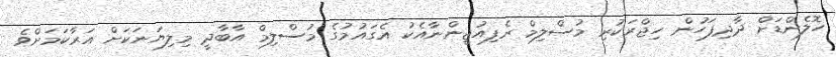
ހޮލެންޑަށް ދާދިފަހުން ހިޖްރަކުރި މުސްލިމް ރެފިއުޖީންނާއެކު އެގައުމުގެ މުސްލިމް އާބާދީ މިލިޔަނަކަށް އަރާކަމަށްވެ